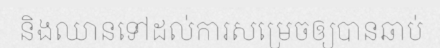
និងឈានទៅដល់ការសម្រេចឲ្យបានឆាប់